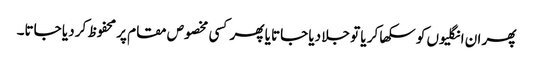
پھر ان انگلیوں کو سکھا کر یا تو جلا دیا جاتا یا پھر کسی مخصوص مقام پر محفوظ کر دیا جاتا۔